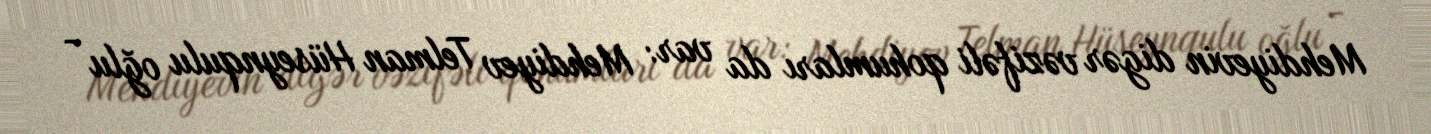
Mehdiyevin digər vəzifəli qohumları da var: Mehdiyev Telman Hüseynqulu oğlu -